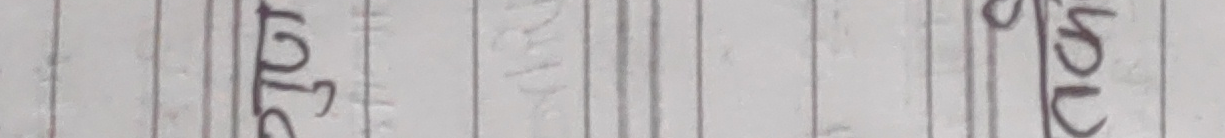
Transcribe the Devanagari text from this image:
भाउ कुखुरा